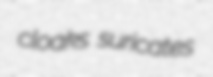
cloaks suricates